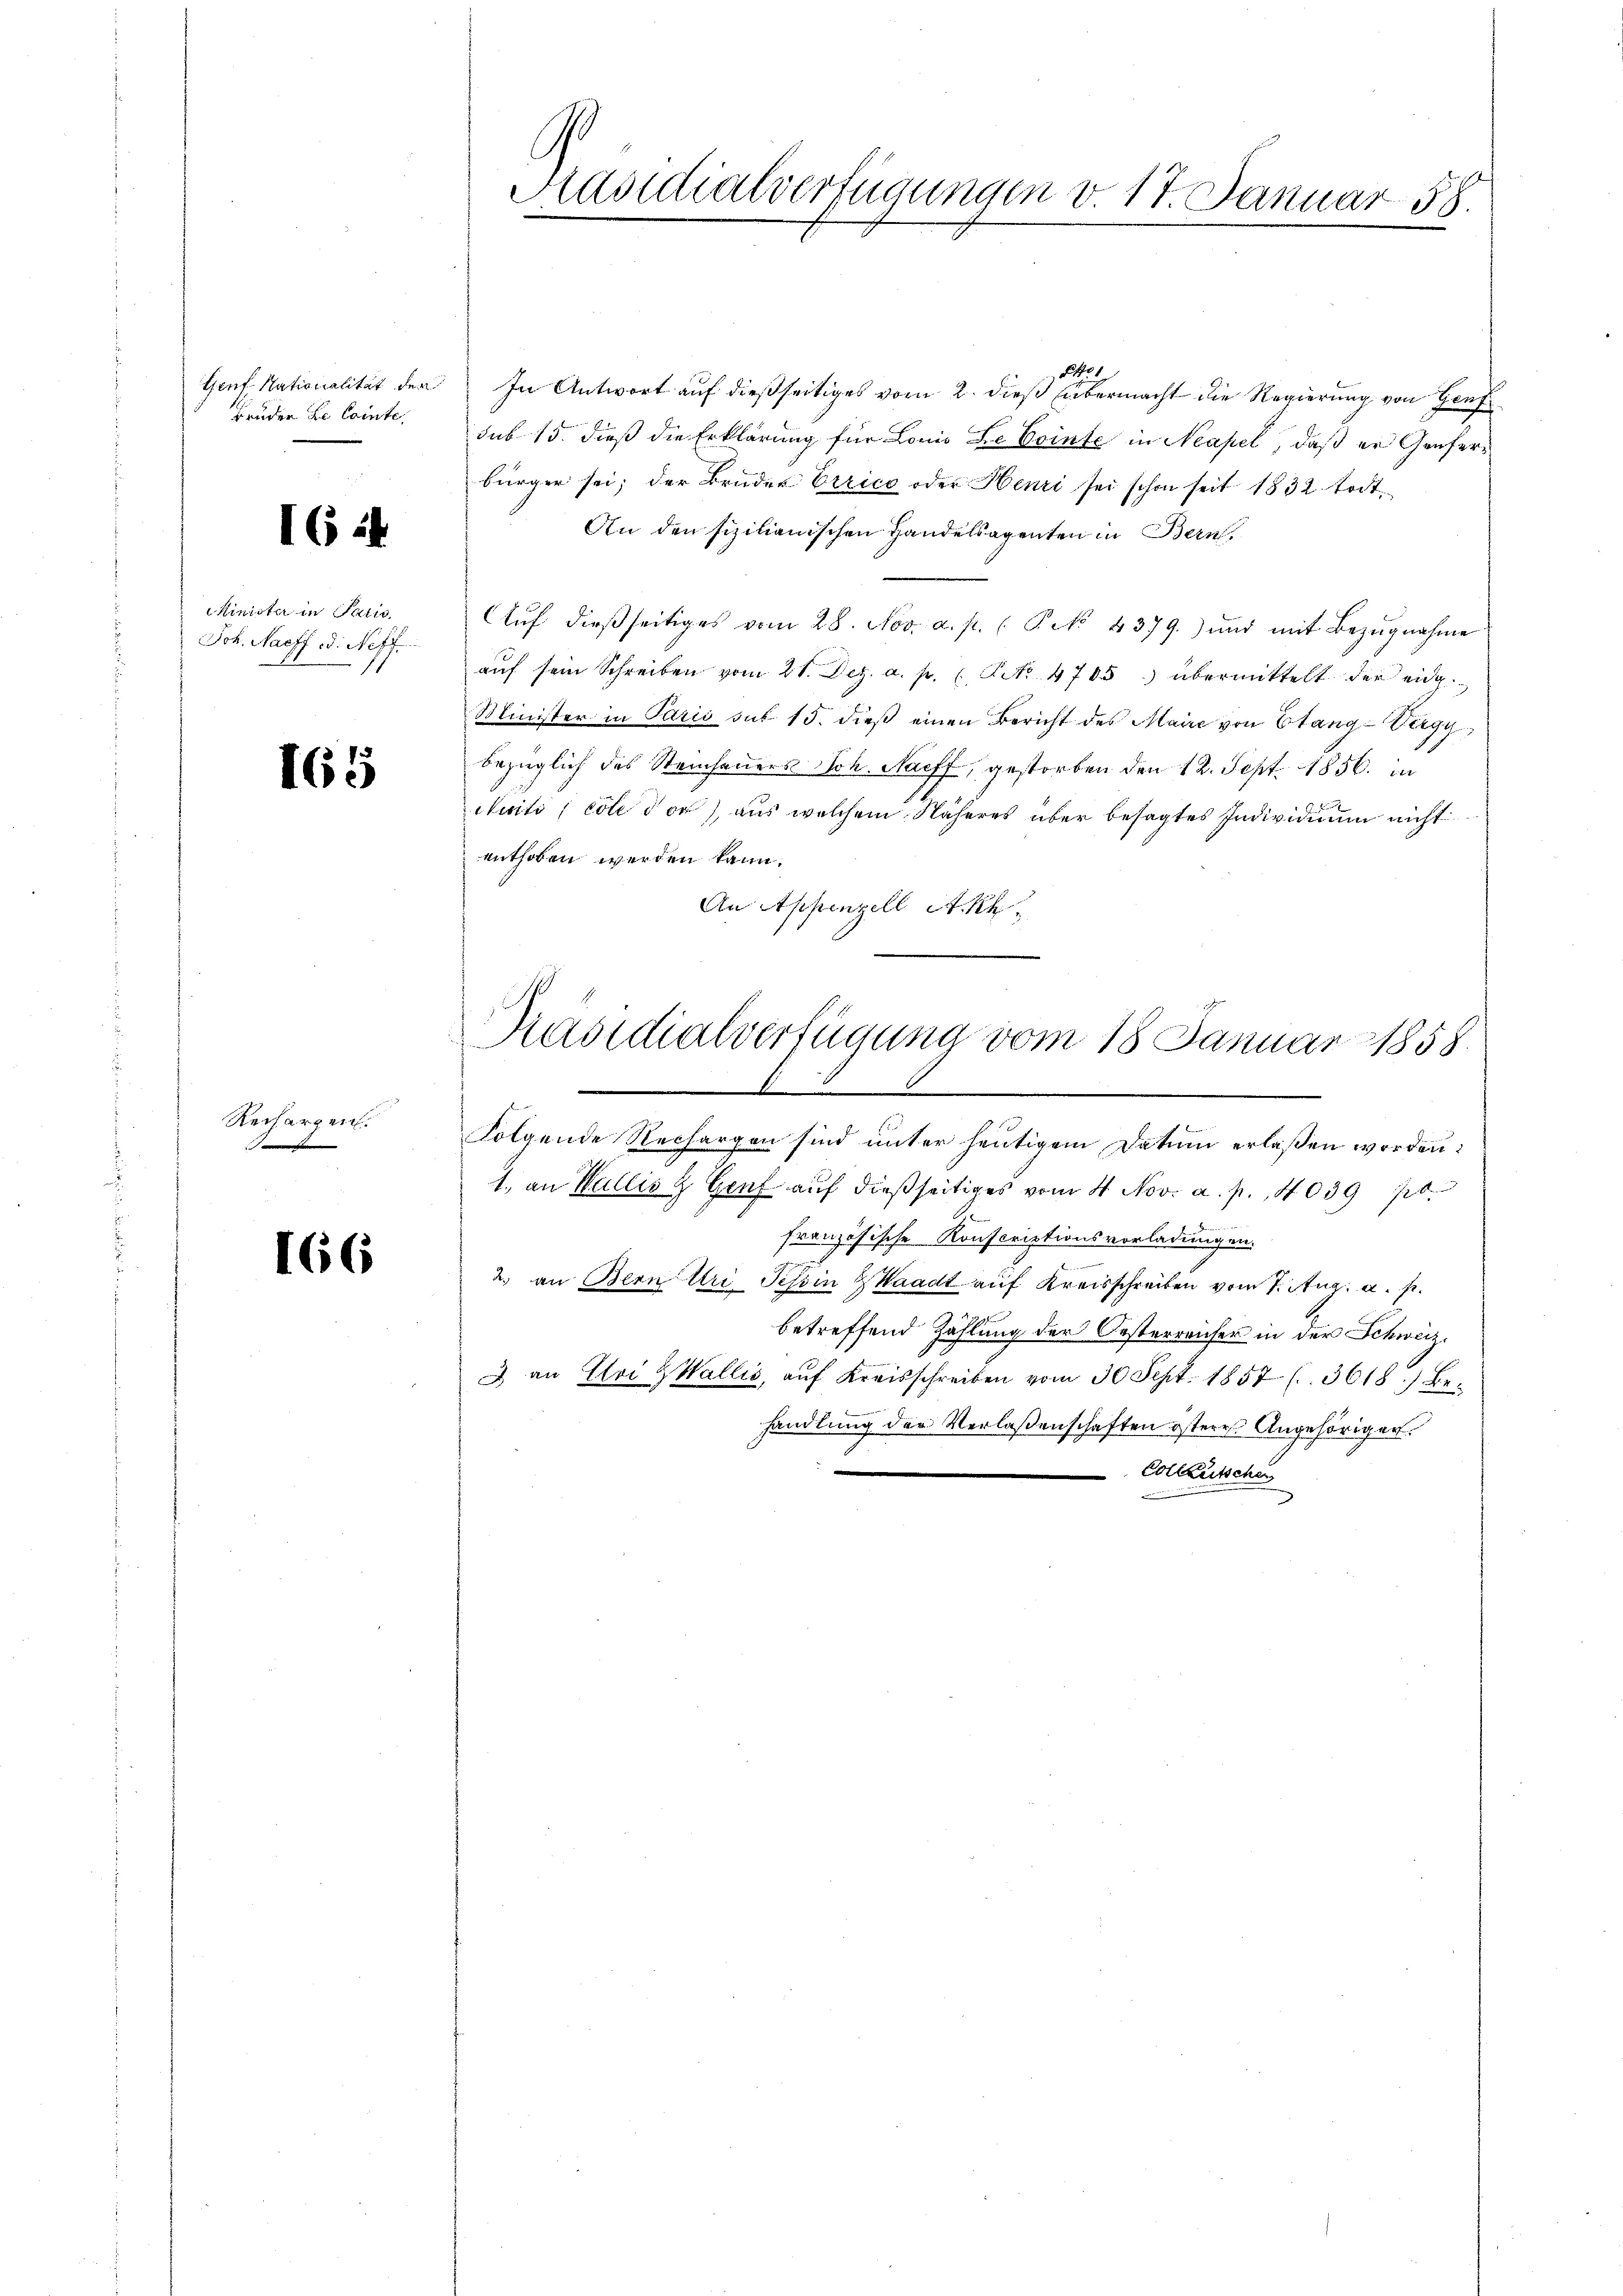
Genf, Nationalität der
Bruder L. Cointe,

164

Minister in Paris,
Joh. Nacff od. Neff

165

Rechargen.
F

166

Käsidialverfügungen v. 17. Januar 58.

11
In Antwort auf dießseitiges vom 2. dieß übermacht die Regierung von Genf
sub 15. dieß die Erklärung für Louis de Pointe in Neapel, daß er Genfers
bürger sei; der Bruder Errico oder Henri sei schon seit 1832. todt
An den sizilianischen Handelsagenten in Bern,
Aŭf dießseitiges vom 28. Nov. a. p. P. No. 4379.) und mit Bezŭgnahme
aŭf sein Schreiben vom 21. Dez. a. p. (Art. 4705. übermittelt der eine
Minister in Paris sub 15. dieβ einen Bericht des Maire von Stang-Vegy
bezüglich des Steinfeuers Joh. Nachf, gestorben den 12. Sept. 1856. in
cuiti coll der), aus welchem Näheres über besagtes Individuum nicht
enthoben werden kann.
An Appenzell A.Rh.
Präsidialverfügung vom 18. Januar 1858.
9
Folgende Rechargen sind unter heutigem Datum erlaßen worden:
1. an Wallis u Genf aŭf dießseitiges vom 4 Nov. a. p. 4039 po
der
französische Konscriptionsvorladungen.
2. an Bern Uri Tessin Waadt auf Kreisschreiben vom 7. Aug. a. p.
betreffend Zahlung der Oesterreufer in der Schweiz.
2 an Uri Wallis, auf Kreisschreiben vom 30 Sept. 1857 (3618.) Behandlung der Verlassenschaften östere Angehöriger.
Collausschen